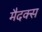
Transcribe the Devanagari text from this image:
मैदक्स